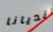
انديانا